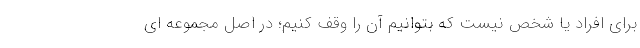
برای افراد یا شخص نیست که بتوانیم آن را وقف کنیم؛ در اصل مجموعه ای